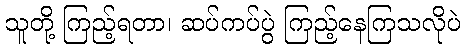
သူတို့ ကြည့်ရတာ၊ ဆပ်ကပ်ပွဲ ကြည့်နေကြသလိုပဲ